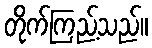
တိုက်ကြည့်သည်။